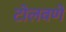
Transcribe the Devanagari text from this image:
टोलवणे